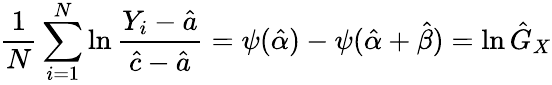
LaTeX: {\frac{1}{N}}\sum_{i=1}^{N}\ln{\frac{Y_{i}-{\hat{a}}}{{\hat{c}}-{\hat{a}}}}=\psi({\hat{\alpha}})-\psi({\hat{\alpha}}+{\hat{\beta}})=\ln{\hat{G}}_{X}